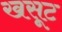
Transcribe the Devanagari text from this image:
खसूट